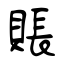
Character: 賬